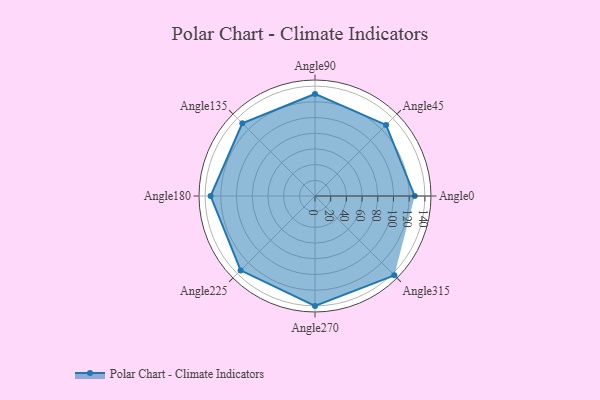
{"axis": {"x": "Angle", "y": "Radius"}, "legend": [""], "data": [{"x": "Angle0", "y": 127.0, "type": ""}, {"x": "Angle45", "y": 128.0, "type": ""}, {"x": "Angle90", "y": 130.0, "type": ""}, {"x": "Angle135", "y": 131.0, "type": ""}, {"x": "Angle180", "y": 133.0, "type": ""}, {"x": "Angle225", "y": 134.0, "type": ""}, {"x": "Angle270", "y": 140.0, "type": ""}, {"x": "Angle315", "y": 143.0, "type": ""}]}